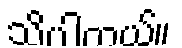
သိပါတယ်။